Lunatic asylums Central Provinces reports 1874-1885 - 1874-1885
Year: 1874
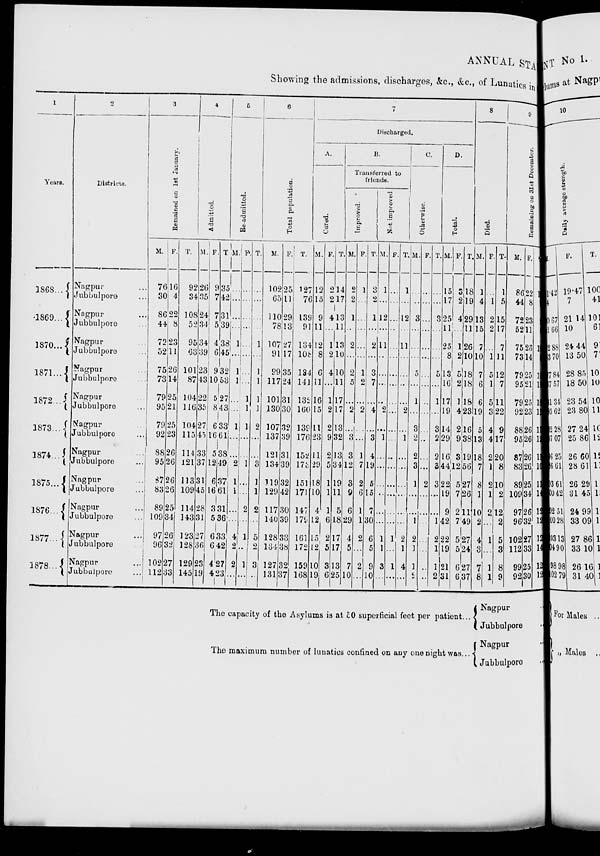
ANNUAL STA
Showing the admissions, discharges, &c., &c., of Lunatics in
1
Years.
1868 ...
1869 ...
1870 ...
1871 ...
1872 ...
1873 ...
1874 ...
1875 ...
1876 ...
1877 ...
1878 ...
2
Districts.
Nagpur ...
Jubbulpore ...
Nagpur ...
Jubbulpore ...
Nagpur ...
Jubbulpore ...
Nagpur ...
Jubbulpore ...
Nagpur ...
Jubbulpore ...
Nagpur ...
Jubbulpore ...
Nagpur ...
Jubbulpore ...
Nagpur ...
Jubbulpore ...
Nagpur ...
Jubbulpore ...
Nagpur ...
Jubbulpore
...
Nagpur ...
Jubbulpore ...
3
Remained on 1st January.
M.
76
30
86
44
72
52
75
73
79
95
79
92
88
95
87
83
89
109
97
96
102
112
F.
16
4
22
8
23
11
26
14
25
21
25
23
26
26
26
26
25
34
26
32
27
33
T.
92
34
108
52
95
63
101
87
104
116
104
115
114
121
113
109
114
143
123
128
129
145
4
Admitted.
M.
26
35
24
34
34
39
23
43
22
35
27
45
33
37
31
45
28
31
27
36
23
19
F.
9
7
7
5
4
6
9
10
5
8
6
16
5
12
6
16
3
5
6
6
4
4
T.
35
42
31
39
38
45
32
53
27
43
33
61
38
49
37
61
31
36
33
42
27
23
5
Re-admitted.
M.
...
...
...
...
1
...
1
1
...
...
1
...
...
2
1
1
...
...
4
2
2
...
F.
...
...
...
...
...
...
...
...
1
1
1
...
...
1
...
...
2
...
1
...
1
...
T.
...
...
...
...
1
...
1
1
1
1
2
...
...
3
1
1
2
...
5
2
3
...
6
Total population.
M.
102
65
110
78
107
91
99
117
101
130
107
137
121
134
119
129
117
140
128
134
127
131
F.
25
11
29
13
27
17
35
24
31
30
32
39
31
39
32
42
30
39
33
38
32
37
T.
127
76
139
91
134
108
134
141
132
160
139
176
152
173
151
171
147
179
161
172
159
168
7
Discharged.
A.
Cured.
M.
12
15
9
11
12
8
6
11
16
15
11
23
11
29
18
10
4
12
15
12
10
19
F.
2
2
4
...
1
2
4
...
1
2
2
9
2
5
1
1
1
6
2
5
3
6
T.
14
17
13
11
13
10
10
11
17
17
13
32
13
34
19
11
5
18
17
17
13
25
B.
Transferred to
friends.
Improved.
M.
2
2
1
...
2
...
2
5
...
2
...
3
3
12
3
9
6
29
4
5
7
10
F.
1
...
...
...
...
...
1
2
...
2
...
...
1
7
2
6
1
1
2
...
2
...
T.
3
2
1
...
2
...
3
7
...
4
...
3
4
19
5
15
7
30
6
5
9
10
Not-improved.
M.
1
...
12
...
11
...
...
...
...
2
...
1
...
...
...
...
...
...
1
1
3
...
F.
...
...
...
...
...
...
...
...
...
...
...
...
...
...
...
...
...
...
1
...
1
...
T.
1
...
12
...
11
...
...
...
...
2
...
1
...
...
...
...
...
...
2
1
4
...
C.
Otherwise.
M.
...
...
3
...
...
...
5
...
1
...
3
2
2
3
1
...
...
1
2
1
1
2
F.
...
...
...
...
...
...
...
...
...
...
...
...
...
...
2
...
...
...
...
...
...
...
T.
...
...
3
...
...
...
5
...
1
...
3
2
2
3
3
...
...
1
2
1
1
2
D.
Total.
M.
15
17
25
11
25
8
13
16
17
19
14
29
16
44
22
19
9
42
22
19
21
31
F.
3
2
4
...
1
2
5
2
1
4
2
9
3
12
5
7
2
7
5
5
6
6
T.
18
19
29
11
26
10
18
18
18
23
16
38
19
56
27
26
11
49
27
24
27
37
8
Died.
M.
1
4
13
15
7
10
7
6
6
19
5
13
18
7
8
1
10
2
4
3
7
8
F.
...
1
2
2
...
1
5
1
5
3
4
4
2
1
2
1
2
...
1
...
1
1
T.
1
5
15
17
7
11
12
7
11
22
9
17
20
8
10
2
12
2
5
3
8
9
9
Remaining on 31st Decemb
M.
86
44
72
52
75
73
79
95
79
92
88
95
87
83
89
109
97
96
102
112
99
92
F.
22
8
23
11
26
14
25
21
25
23
26
26
26
26
25
34
26
32
27
33
25
30
T.
108
52
95
63
101
87
104
116
104
115
113
121
113
109
114
143
123
128
129
145
124
122
The capacity of the Asylums is at 50 superficial feet per patient ...
The maximum number of lunatics confined on any one night was ...
Nagpur
Jubbulpore
Nagpur
Jubbulpore